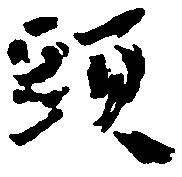
頭